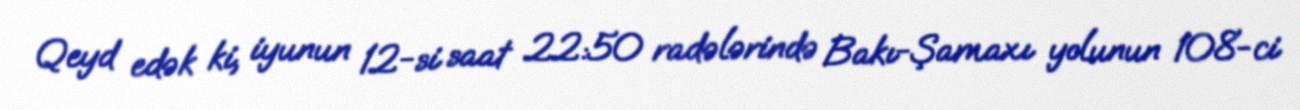
Qeyd edək ki, iyunun 12-si saat 22:50 radələrində Bakı-Şamaxı yolunun 108-ci